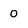
Character: 0